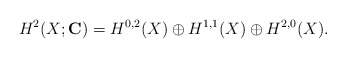
\begin{align*}H^2(X;{\bf C}) = H^{0,2}(X) \oplus H^{1,1}(X) \oplus H^{2,0}(X).\end{align*}